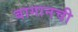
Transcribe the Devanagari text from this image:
बागानची